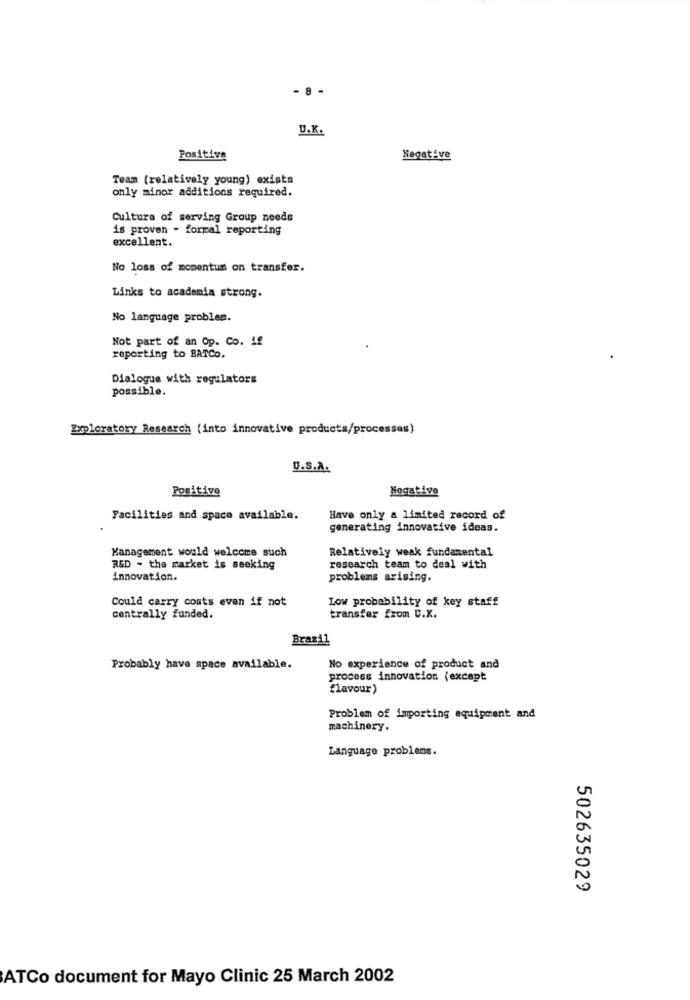
- 8 -
U.K.
Positive
Negative
Team (relatively young) exists
only minor additions required.
Cultura of serving Group needs
is proven - formal reporting
excellent.
No loss of momentum on transfer.
Links to academia strong.
No language problem.
Not part of an Op. Co. if
reporting to BATCo.
Dialogue with regulators
possible.
Exploratory Research (into innovative products/processes)
U.S.A.
Positive
Negative
Facilities and space available.
Have only a limited record of
generating innovative ideas.
Management would welcome such
Relatively weak fundamental
RED - the market is seeking
research team to deal with
innovation.
problems arising.
Could carry costs even if not
Low probability of key staff
centrally funded.
transfer from U.X.
Brazil
Probably have space available.
No experience of product and
process innovation (except
flavour)
Problem of importing equipment and
machinery.
Language problems.
502635029
ATCo document for Mayo Clinic 25 March 2002